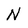
Character: N